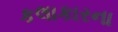
કલાકારના